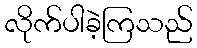
လိုက်ပါခဲ့ကြသည်